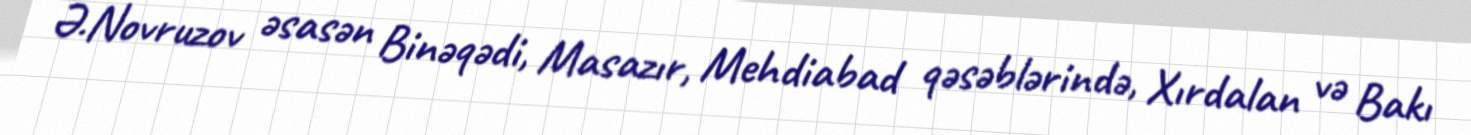
Ə.Novruzov əsasən Binəqədi, Masazır, Mehdiabad qəsəblərində, Xırdalan və Bakı